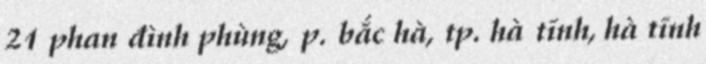
21 phan đình phùng, p. bắc hà, tp. hà tĩnh, hà tĩnh